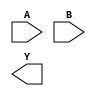
// Structural Varilog implementation for expression Y = AB

module activity_2_structural_design (A, B, Y);

input A, B;
output Y;

and U1 (S, A, B);

endmodule